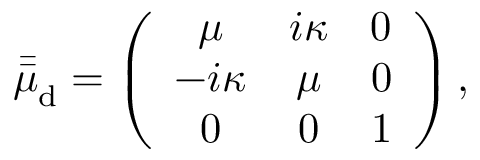
\bar { \bar { \mu } } _ { \mathrm { d } } = \left( \begin{array} { c c c } { \mu } & { i \kappa } & { 0 } \\ { - i \kappa } & { \mu } & { 0 } \\ { 0 } & { 0 } & { 1 } \end{array} \right) ,